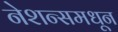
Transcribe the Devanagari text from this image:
नेशन्समधून